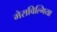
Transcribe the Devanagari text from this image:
मेराविल्गिया